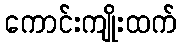
ကောင်းကျိုးထက်